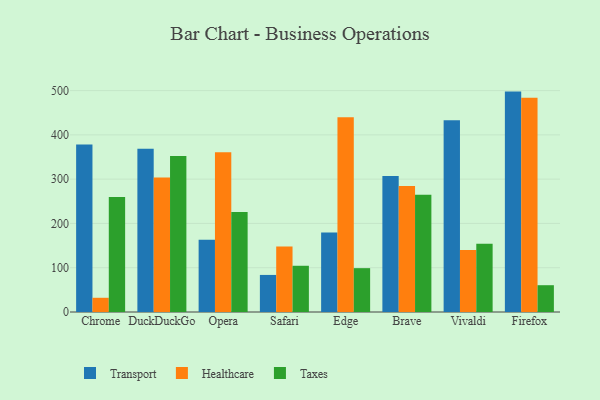
{"axis": {"x": "Browser", "y": "Inventory Turnover"}, "legend": ["Healthcare", "Taxes", "Transport"], "data": [{"x": "Chrome", "y": 378.0, "type": "Transport"}, {"x": "Chrome", "y": 32.1, "type": "Healthcare"}, {"x": "Chrome", "y": 259.9, "type": "Taxes"}, {"x": "DuckDuckGo", "y": 368.8, "type": "Transport"}, {"x": "DuckDuckGo", "y": 303.8, "type": "Healthcare"}, {"x": "DuckDuckGo", "y": 352.3, "type": "Taxes"}, {"x": "Opera", "y": 163.4, "type": "Transport"}, {"x": "Opera", "y": 361.0, "type": "Healthcare"}, {"x": "Opera", "y": 226.0, "type": "Taxes"}, {"x": "Safari", "y": 83.7, "type": "Transport"}, {"x": "Safari", "y": 148.1, "type": "Healthcare"}, {"x": "Safari", "y": 104.4, "type": "Taxes"}, {"x": "Edge", "y": 179.8, "type": "Transport"}, {"x": "Edge", "y": 440.0, "type": "Healthcare"}, {"x": "Edge", "y": 99.0, "type": "Taxes"}, {"x": "Brave", "y": 306.9, "type": "Transport"}, {"x": "Brave", "y": 284.6, "type": "Healthcare"}, {"x": "Brave", "y": 264.7, "type": "Taxes"}, {"x": "Vivaldi", "y": 433.0, "type": "Transport"}, {"x": "Vivaldi", "y": 139.9, "type": "Healthcare"}, {"x": "Vivaldi", "y": 154.2, "type": "Taxes"}, {"x": "Firefox", "y": 497.7, "type": "Transport"}, {"x": "Firefox", "y": 483.6, "type": "Healthcare"}, {"x": "Firefox", "y": 60.5, "type": "Taxes"}]}